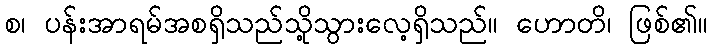
စ၊ ပန်းအာရမ်အစရှိသည်သို့သွားလေ့ရှိသည်။ ဟောတိ၊ ဖြစ်၏။